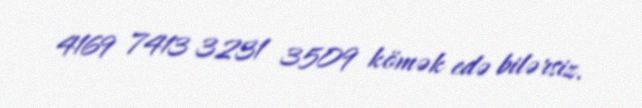
4169 7413 3231 3509 kömək edə bilərsiz.